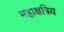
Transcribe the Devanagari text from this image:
महाक्षत्रिय